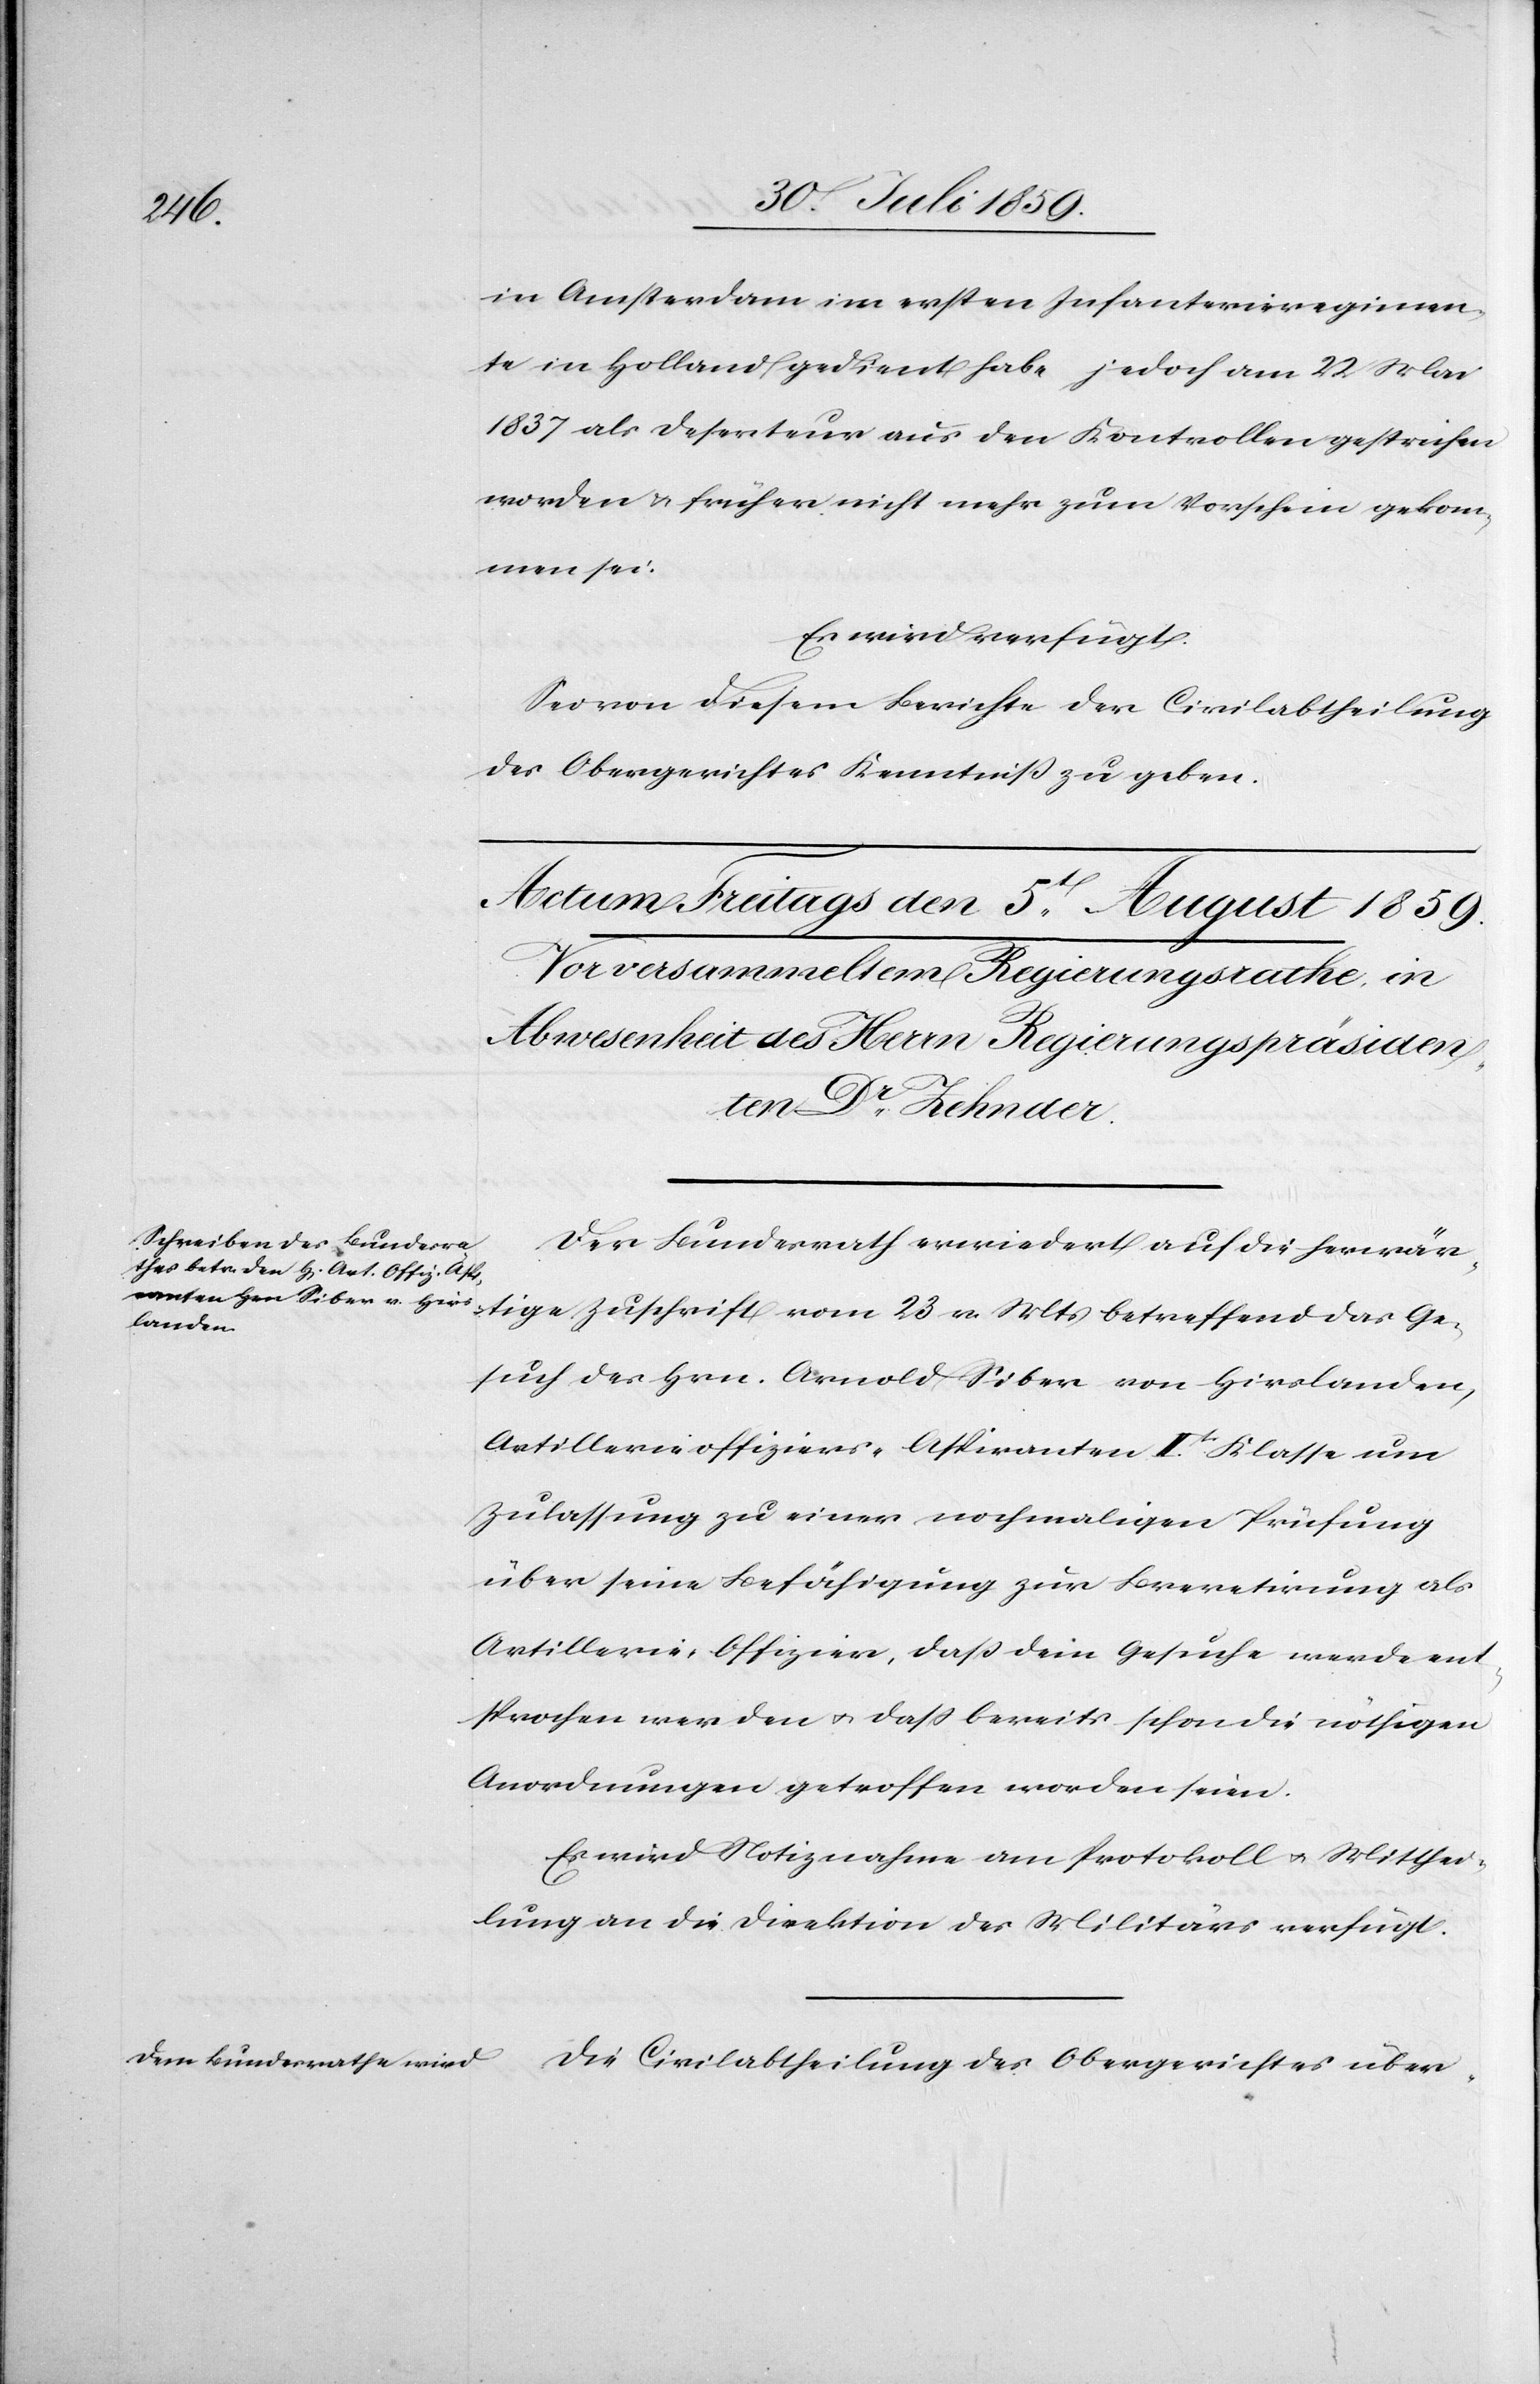
in Amsterdam im ersten Infanterieregimen¬
te in Holland gedient habe, jedoch am 22 Mai
1837 als Deserteur aus den Kontrollen gestrichen
worden u. früher nicht mehr zum Vorschein gekom¬
men sei.
Es wird verfügt.
Sei von diesem Berichte der Civilabtheilung
des Obergerichtes Kenntniß zu geben.
Der Bundesrath erwiedert auf die herwär¬
tige Zuschrift vom 23 v. Mts. betreffend das Ge¬
such des Hrn. Arnold Siber von Hirslanden,
Artillerieoffizier-Aspiranten IItr. Klasse um
Zulassung zu einer nochmaligen Prüfung
über seine Befähigung zur Brevetierung als
Artillerie-Offizier, daß dem Gesuche werde ent¬
sprochen werden u. daß bereits schon die nöthigen
Anordnungen getroffen worden seien.
Es wird Notiznahme am Protokoll u. Mitthei¬
lung an die Direktion des Militärs verfügt.
Die Civilabtheilung des Obergerichtes über-